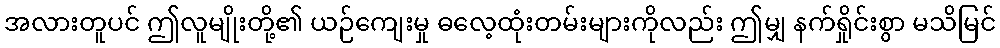
အလားတူပင် ဤလူမျိုးတို့၏ ယဉ်ကျေးမှု ဓလေ့ထုံးတမ်းများကိုလည်း ဤမျှ နက်ရှိုင်းစွာ မသိမြင်